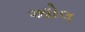
આોલ